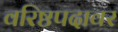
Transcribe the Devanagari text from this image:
वरिष्ठपदावर